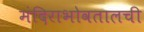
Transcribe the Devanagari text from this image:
मंदिराभोवतालची